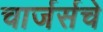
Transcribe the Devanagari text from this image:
चार्जर्सचे